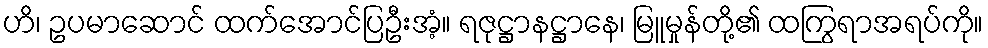
ဟိ၊ ဥပမာဆောင် ထက်အောင်ပြဦးအံ့။ ရဇုဋ္ဌာနဋ္ဌာနေ၊ မြူမှုန်တို့၏ ထကြွရာအရပ်ကို။